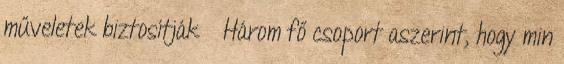
műveletek biztosítják ● Három fő csoport aszerint, hogy min